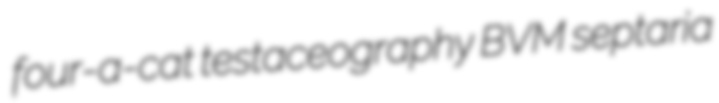
four-a-cat testaceography BVM septaria